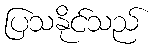
ပြသနိုင်သည်